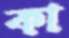
কা